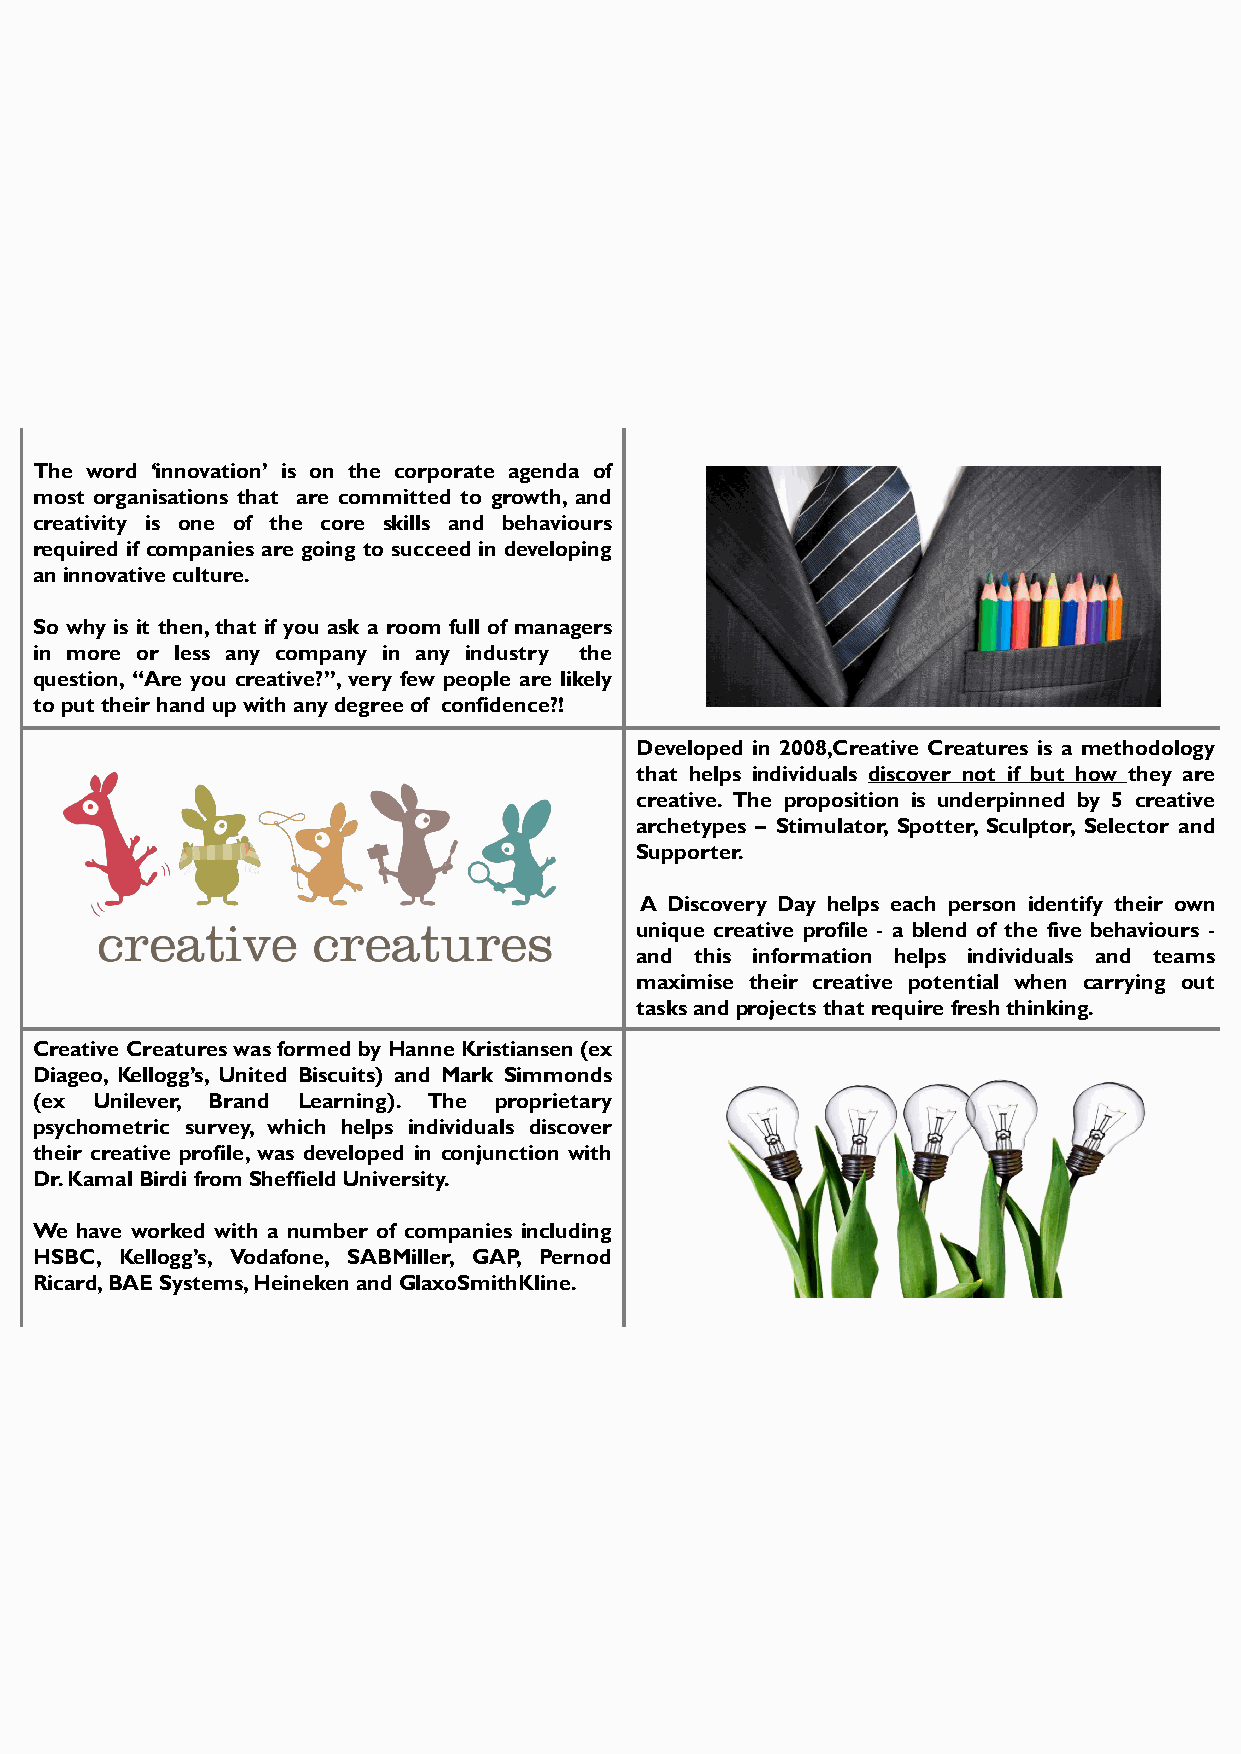
The word ‘innovation’ is on the corporate agenda of
 most organisations that are committed to growth, and
 creativity is one of the core skills and behaviours
 required if companies are going to succeed in developing
 an innovative culture.
 So why is it then, that if you ask a room full of managers
 in more or less any company in any industry the
 question, “Are you creative?”, very few people are likely
 to put their hand up with any degree of confidence?!
 Developed in 2008,Creative Creatures is a methodology
 that helps individuals discover not if but how they are
 creative. The proposition is underpinned by 5 creative
 archetypes – Stimulator, Spotter, Sculptor, Selector and
 Supporter.
 A Discovery Day helps each person identify their own
 unique creative profile - a blend of the five behaviours -
 and this information helps individuals and teams
 maximise their creative potential when carrying out
 tasks and projects that require fresh thinking.
 Creative Creatures was formed by Hanne Kristiansen (ex
 Diageo, Kellogg’s, United Biscuits) and Mark Simmonds
 (ex Unilever, Brand Learning). The proprietary
 psychometric survey, which helps individuals discover
 their creative profile, was developed in conjunction with
 Dr. Kamal Birdi from Sheffield University.
 We have worked with a number of companies including
 HSBC, Kellogg’s, Vodafone, SABMiller, GAP, Pernod
 Ricard, BAE Systems, Heineken and GlaxoSmithKline.